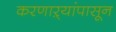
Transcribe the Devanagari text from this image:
करणाऱ्यांपासून